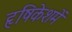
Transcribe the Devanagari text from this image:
हृषिकेशमें